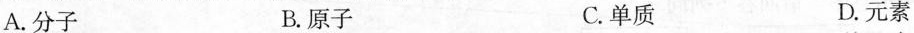
A. 分子 B. 原子 C. 单质 D. 元素